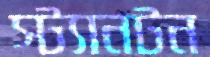
স্ট্যানটন